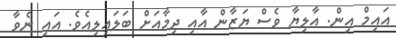
އައިމް އިން. އާލިޔާ ވެސް ޔަޒާން އާއި ދިމާއަށް ބަލައިލިއެވެ. އައި ނެވާ